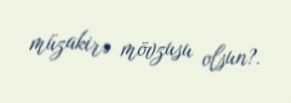
müzakirə mövzusu olsun?.